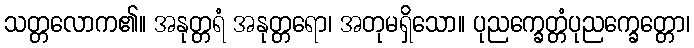
သတ္တလောက၏။ အနုတ္တရံ အနုတ္တရော၊ အတုမရှိသော။ ပုညက္ခေတ္တံပုညက္ခေတ္တော၊